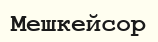
Мешкейсор